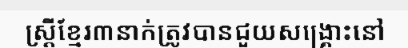
ស្ត្រីខ្មែរ៣នាក់ត្រូវបានជួយសង្គ្រោះនៅ